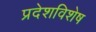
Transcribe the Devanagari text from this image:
प्रदेशविशेष